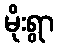
မိုးရွာ